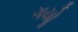
ગયોૢ